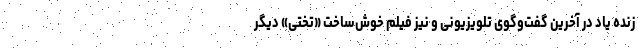
زنده یاد در آخرین گفت‌و‌گوی تلویزیونی و نیز فیلم خوش‌ساخت «تختی» دیگر